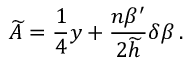
\widetilde { A } = { \frac { 1 } { 4 } } y + { \frac { n \beta ^ { \prime } } { 2 \widetilde { h } } } \delta \beta \, .